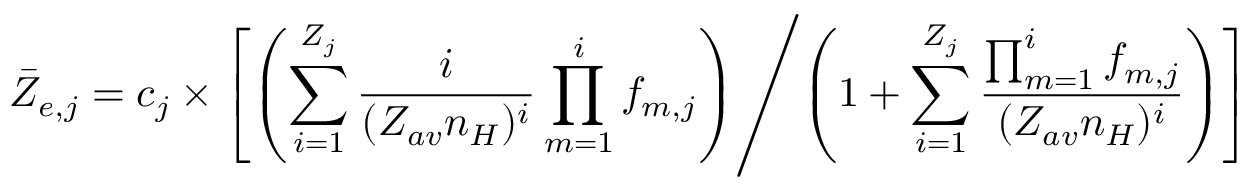
\bar { Z } _ { e , j } = c _ { j } \times \left[ \left( \sum _ { i = 1 } ^ { Z _ { j } } \frac { i } { ( Z _ { a v } n _ { H } ) ^ { i } } \prod _ { m = 1 } ^ { i } f _ { m , j } \right) \middle / \left( 1 + \sum _ { i = 1 } ^ { Z _ { j } } \frac { \prod _ { m = 1 } ^ { i } f _ { m , j } } { ( Z _ { a v } n _ { H } ) ^ { i } } \right) \right]